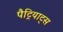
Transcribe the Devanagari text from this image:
पैट्रियाट्स